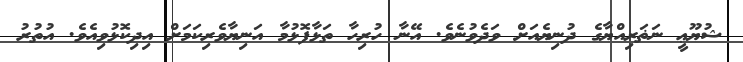
ޝުޔޫޢީ ނަޡަރިއްޔާގެ ދުނިޔެއަށް ވަދެވުނެވެ. އޭނާ ހުރިހާ ތަޅާފޮޅުމާ އަނިޔާވެރިކަމަށް އިދިކޮޅުވިއެވެ. އުތުރު